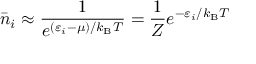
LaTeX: { \bar { n } } _ { i } \approx { \frac { 1 } { e ^ { ( \varepsilon _ { i } - \mu ) / k _ { \mathrm { { B } } } T } } } = { \frac { 1 } { Z } } e ^ { - \varepsilon _ { i } / k _ { \mathrm { { B } } } T }